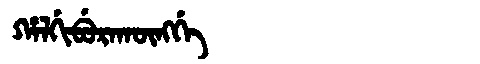
Manchu: ᡥᠠᠯᡤᡳᠪᡠᡵᠠᡴᡡᠩᡤᡝ
Romanization: HALGIBURAKŪNGGE